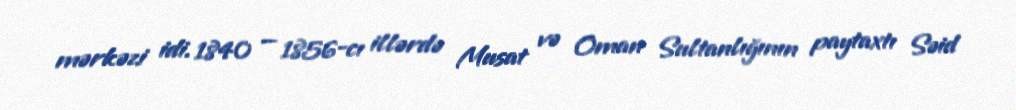
mərkəzi idi. 1840 — 1856-cı illərdə Musat və Oman Sultanlığının paytaxtı Səid